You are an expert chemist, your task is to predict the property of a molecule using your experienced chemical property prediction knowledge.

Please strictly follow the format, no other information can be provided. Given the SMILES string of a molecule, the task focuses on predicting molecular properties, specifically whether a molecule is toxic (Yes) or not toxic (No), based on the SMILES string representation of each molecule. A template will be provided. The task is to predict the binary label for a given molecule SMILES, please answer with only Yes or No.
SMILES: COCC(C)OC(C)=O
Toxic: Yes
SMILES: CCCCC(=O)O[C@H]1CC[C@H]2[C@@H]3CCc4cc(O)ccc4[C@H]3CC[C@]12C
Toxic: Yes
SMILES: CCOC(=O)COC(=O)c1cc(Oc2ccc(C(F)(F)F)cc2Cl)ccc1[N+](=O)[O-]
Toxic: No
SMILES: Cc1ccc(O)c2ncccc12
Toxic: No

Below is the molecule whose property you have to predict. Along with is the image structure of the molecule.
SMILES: CCC(C)(O)CCCC(C)C
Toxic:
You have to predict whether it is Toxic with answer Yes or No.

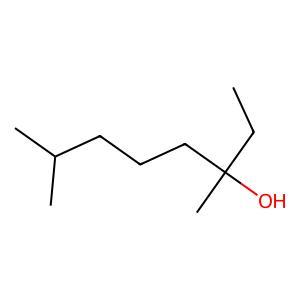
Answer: No